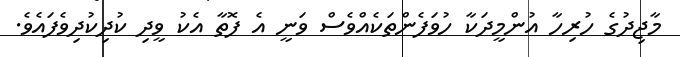
މާޖިދުގެ ހުރިހާ އުންމީދަކާ ހުވަފެންތަކެއްވެސް ވަނީ އެ ފޮތާ އެކު ވީދި ކުދިކުދިވެފައެވެ.